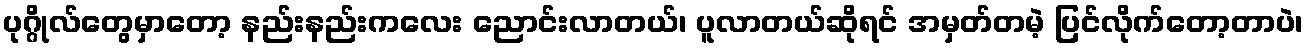
ပုဂ္ဂိုလ်တွေမှာတော့ နည်းနည်းကလေး ညောင်းလာတယ်၊ ပူလာတယ်ဆိုရင် အမှတ်တမဲ့ ပြင်လိုက်တော့တာပဲ၊